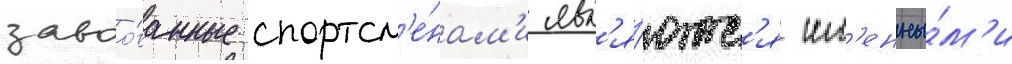
завоо́ванные спортсм'е́нам'и явл'я́ютс'я им'енны́м'и